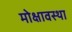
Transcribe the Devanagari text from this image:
मोक्षावस्था